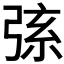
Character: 𢏸